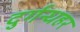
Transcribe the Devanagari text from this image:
दुर्गन्धहर